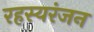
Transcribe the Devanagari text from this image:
रहस्यरंजन